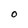
Character: O